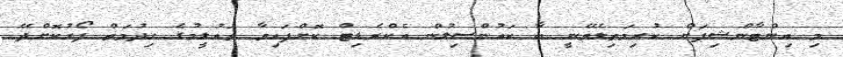
މި އިންޓާންޝިޕަށް ކުރިމަތިލެވޭނީ ބާ ކައުންސިލުން އެކްރެޑިޓް ކޮށްފައިވާ ތައުލީމުގެ ހިދުމަތް ފޯރުކޮށްދޭ